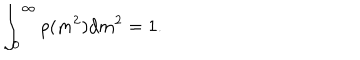
\int _ { 0 } ^ { \infty } \rho ( m ^ { 2 } ) d m ^ { 2 } = 1 .